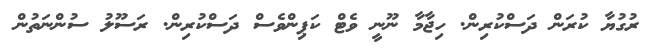
ރުގުޔާ ކުރަން ދަސްކުރިން. ހިޖާމާ ނޫނީ ވެޓް ކަޕިންވެސް ދަސްކުރިން. ރަސޫލު ސުންނަތުން